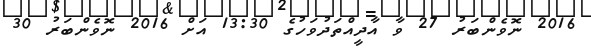
2016 ނޮވެންބަރު 27 ވާ އާދީއްތަދުވަހުގެ 13:30 އަށް 2016 ނޮވެންބަރު 30